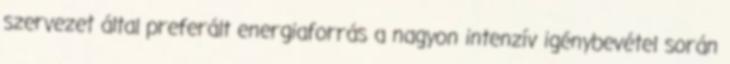
szervezet által preferált energiaforrás a nagyon intenzív igénybevétel során